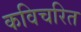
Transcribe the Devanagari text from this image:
कविचरित